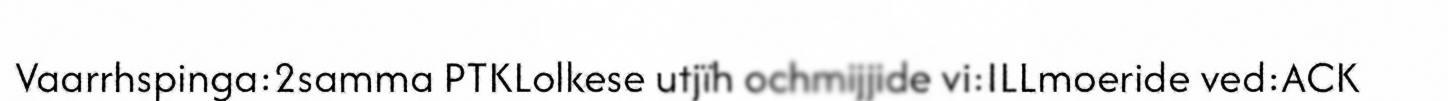
Vaarrhspinga:2samma PTKLolkese utjïh ochmijjide vi:ILLmoeride ved:ACK